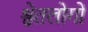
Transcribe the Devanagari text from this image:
श्वेतलोगों